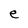
Character: e